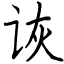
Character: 诙